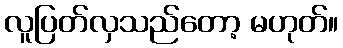
လူပြတ်လှသည်တော့ မဟုတ်။